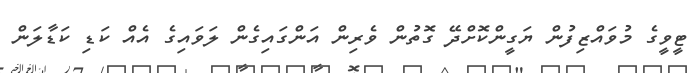
ޓީވީގެ މުވައްޒިފުން ޔަގީންކޮށްދޭ ގޮތުން ވެރިން އަންގައިގެން ލަވައިގެ އެއް ކަޑި ކަޑާލަން